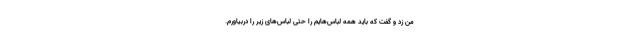
من زد و گفت که باید همه لباس‌هایم را حتی لباس‌های زیر را دربیاورم.